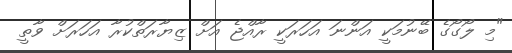
"މި ލޯގޯގެ ބޭނުމަކީ އަންނަ އަހަރަކީ ރާއްޖެ އަށް ޒިޔާރަތްކުރާ އަހަރަށް ވާތީ